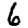
Digit: 6